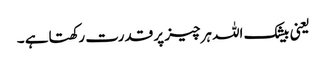
یعنی بیشک اللہ ہرچیز پر قدرت رکھتاہے ۔